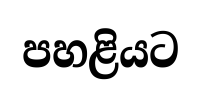
පහළියට